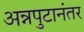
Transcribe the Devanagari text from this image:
अन्नपुटानंतर